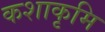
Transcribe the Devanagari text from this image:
कशाकृमि